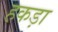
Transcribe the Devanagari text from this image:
हकड़ा